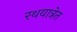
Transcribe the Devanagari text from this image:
रथयात्रेत